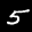
Label: 5